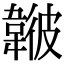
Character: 𩏃